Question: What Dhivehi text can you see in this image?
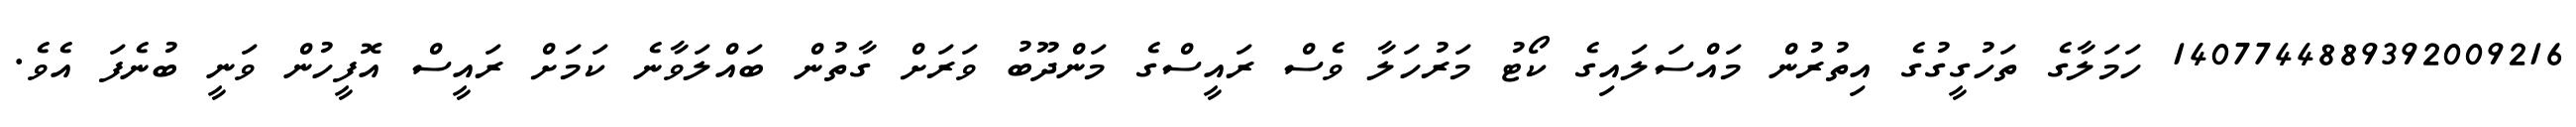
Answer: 1407744889392009216 ހަމަލާގެ ތަހުގީގުގެ އިތުރުން މައްސަލައިގެ ކޯޓު މަރުހަލާ ވެސް ރައީސްގެ މަންދޫބު ވަރަށް ގާތުން ބައްލަވާނެ ކަމަށް ރައީސް އޮފީހުން ވަނީ ބުނެފަ އެވެ.